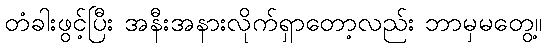
တံခါးဖွင့်ပြီး အနီးအနားလိုက်ရှာတော့လည်း ဘာမှမတွေ့။